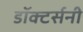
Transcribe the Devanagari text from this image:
डॉक्टर्सनी